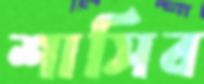
শাসিব